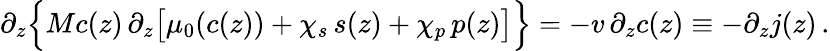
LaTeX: \partial_{z}\Bigl\{ Mc(z)\, \partial_{z}\bigl[\mu_{0}(c(z))+\chi_{s}\, s(z)+\chi_{p}\, p(z)\bigr]\Bigr\} =-v\, \partial_{z}c(z)\equiv-\partial_{z}j(z)\, .